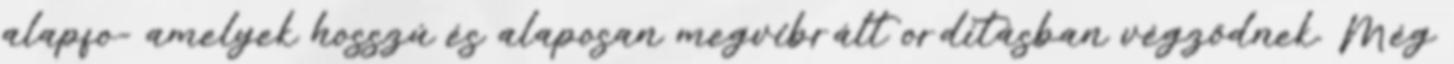
alapfo- amelyek hosszú és alaposan megvibrált ordításban végződnek. Még